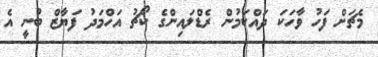
މެޗަށް ފަހު ވާހަކަ ދައްކަމުން ރެޑްލައިންގެ ކޯޗު އަހްމަދު ފަޔާޒް ބުނީ އެ